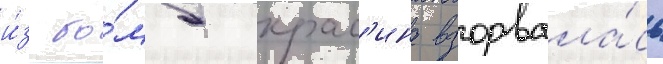
и́з бо́мб крас'ина взорвала́сь